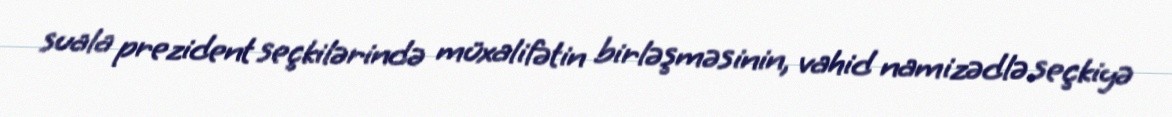
suala prezident seçkilərində müxalifətin birləşməsinin, vahid namizədlə seçkiyə